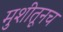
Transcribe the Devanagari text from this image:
मुशीतूनच